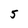
Character: 5